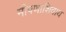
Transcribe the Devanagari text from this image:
मीपणाशिवाय